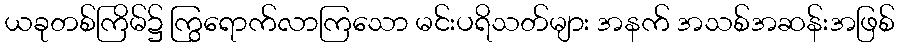
ယခုတစ်ကြိမ်၌ ကြွရောက်လာကြသော မင်းပရိသတ်များ အနက် အသစ်အဆန်းအဖြစ်